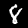
Label: 8